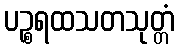
ပဉ္စရထသတသုတ္တံ